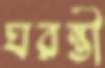
ঘরন্তী